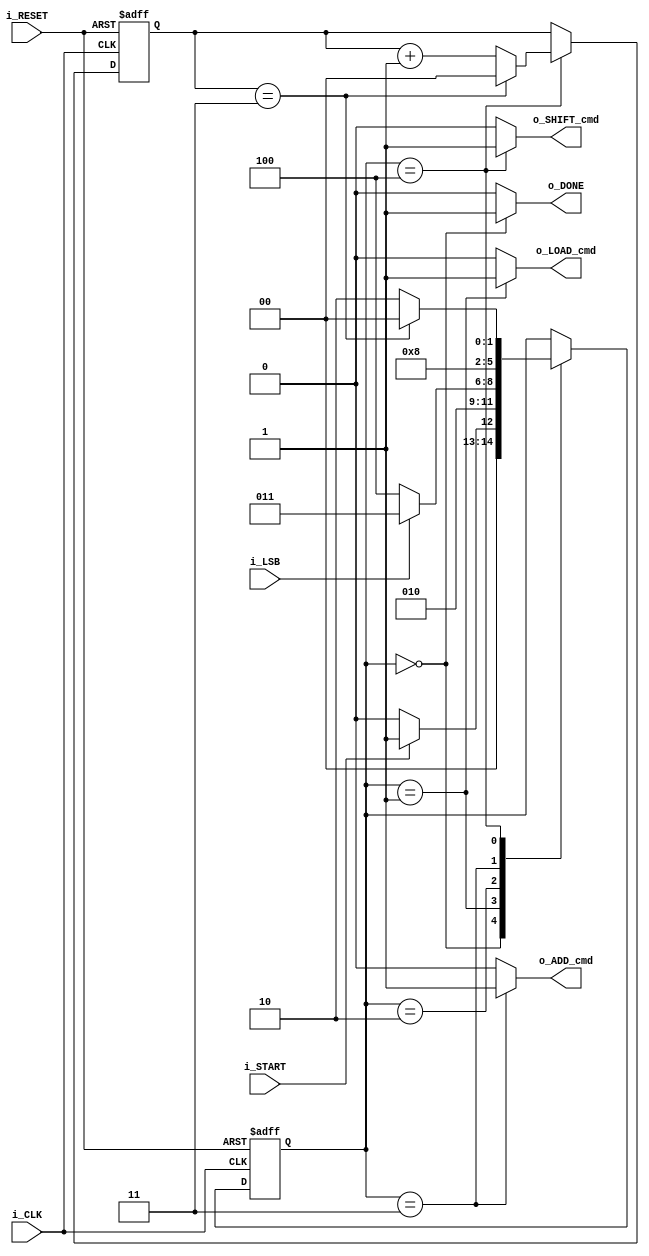
`timescale 1ns / 1ps

module controller(
    i_CLK,
    i_RESET,
    i_START,
    i_LSB,
    o_ADD_cmd,
    o_SHIFT_cmd,
    o_LOAD_cmd,
    o_DONE
    );

    input i_CLK, i_RESET, i_START, i_LSB;
    output o_ADD_cmd, o_SHIFT_cmd, o_LOAD_cmd, o_DONE;
    
    reg [1:0] temp_count;
    reg [2:0] state;
    
    parameter   IDLE    = 3'b000,
                INIT    = 3'b001,
                TEST    = 3'b010,
                ADD     = 3'b011,
                SHIFT   = 3'b100;
                
    always @(posedge i_CLK or negedge i_RESET)
    begin
        if(i_RESET == 1'b0)
        begin
            state <= IDLE;
            temp_count <= 2'b00;
        end
        else
        begin
            case(state)
                IDLE:
                begin
                    if(i_START == 1'b1)
                        state <= INIT;
                    else
                        state <= IDLE;
                end
                INIT:
                begin
                    state <= TEST;
                end
                TEST:
                begin
                    if(i_LSB == 1'b0)
                        state <= SHIFT;
                    else
                        state <= ADD;
                end
                ADD:
                begin
                    state <= SHIFT;
                end
                SHIFT:
                begin
                    if(temp_count == 2'b11)     // verify if finished
                    begin
                        temp_count <= 2'b00;    // re-initialize counter
                        state <= IDLE;          // ready for next multiply
                    end
                    else
                    begin
                        temp_count <= temp_count + 1;   // increment counter
                        state <= TEST;
                    end
                end
            endcase
        end
    end
    
    assign o_DONE = (state == IDLE) ? 1'b1 : 1'b0;
    assign o_ADD_cmd = (state == ADD) ? 1'b1 : 1'b0;
    assign o_SHIFT_cmd = (state == SHIFT) ? 1'b1 : 1'b0;
    assign o_LOAD_cmd = (state == INIT) ? 1'b1 : 1'b0;
    
endmodule